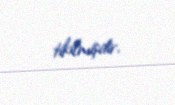
tikilmişdir.